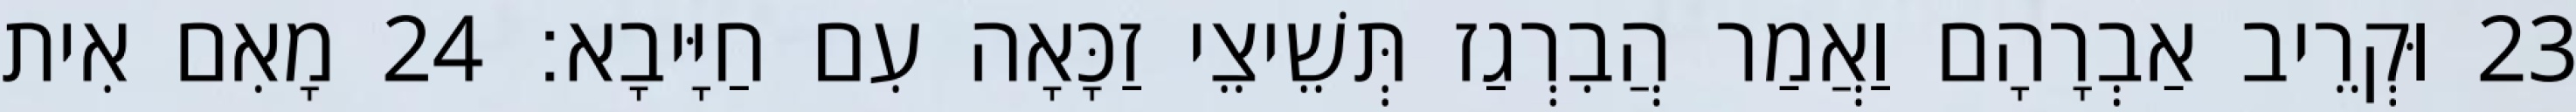
23 וּקְרֵיב אַבְרָהָם וַאֲמַר הֲבִרְגַז תְּשֵׁיצֵי זַכָּאָה עִם חַיָּיבָא׃ 24 מָאִם אִית